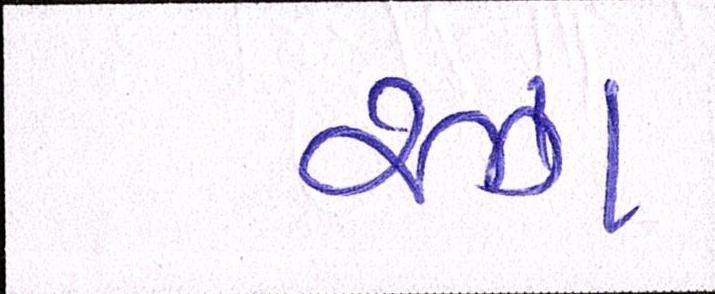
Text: રઝા